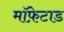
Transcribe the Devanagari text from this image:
मॉफ़ेटाड